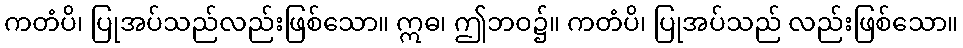
ကတံပိ၊ ပြုအပ်သည်လည်းဖြစ်သော။ ဣဓ၊ ဤဘဝ၌။ ကတံပိ၊ ပြုအပ်သည် လည်းဖြစ်သော။